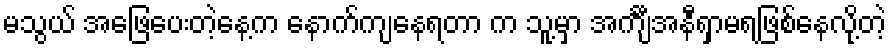
မသွယ် အဖြေပေးတဲ့နေ့က နောက်ကျနေရတာ က သူ့မှာ အင်္ကျီအနီရှာမရဖြစ်နေလို့တဲ့